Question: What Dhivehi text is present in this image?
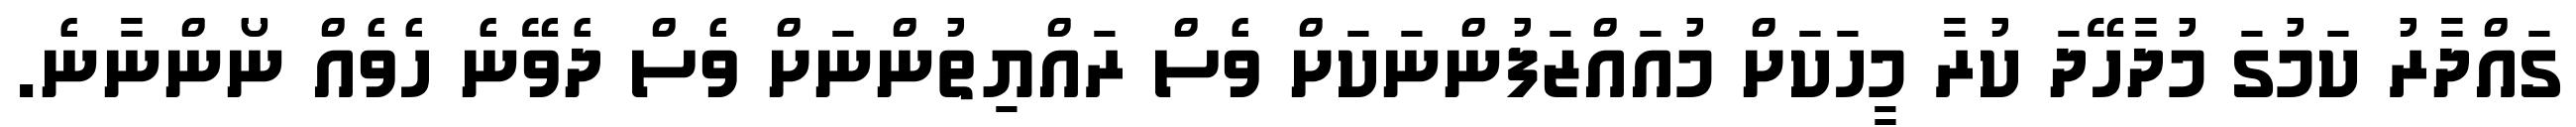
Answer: ގައްދާރު ކަމުގަ މުދާހޭދަ ކުރާ މީހަކަށް މުއައްޒަފުންނަކަށް ވެސް ރައްޔިތުންނަށް ވެސް ދެވޭނެ ހެވެއް ނޯންނާނެ.